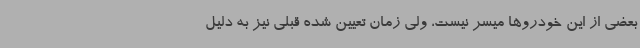
بعضی از این خودروها میسر نیست، ولی زمان تعیین شده قبلی نیز به دلیل